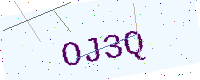
Text: OJ3Q